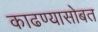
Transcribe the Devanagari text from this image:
काढण्यासोबत